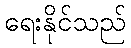
ရေးနိုင်သည်